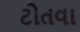
ટોતવા